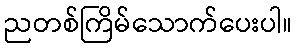
ညတစ်ကြိမ်သောက်ပေးပါ။